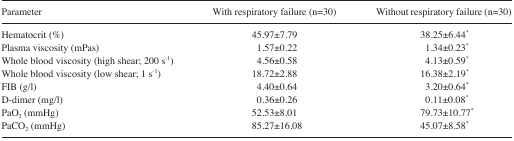
<table><thead><tr><td><b>Parameter</b></td><td><b>With respiratory failure (n=30)</b></td><td><b>Without respiratory failure (n=30)</b></td></tr></thead><tbody><tr><td>Hematocrit (%)</td><td>45.97±7.79</td><td>38.25±6.44<sup>*</sup></td></tr><tr><td>Plasma viscosity (mPas)</td><td>1.57±0.22</td><td>1.34±0.23<sup>*</sup></td></tr><tr><td>Whole blood viscosity (high shear; 200 s<sup>−1</sup>)</td><td>4.56±0.58</td><td>4.13±0.59<sup>*</sup></td></tr><tr><td>Whole blood viscosity (low shear; 1 s<sup>−1</sup>)</td><td>18.72±2.88</td><td>16.38±2.19<sup>*</sup></td></tr><tr><td>FIB (g/l)</td><td>4.40±0.64</td><td>3.20±0.64<sup>*</sup></td></tr><tr><td>D-dimer (mg/l)</td><td>0.36±0.26</td><td>0.11±0.08<sup>*</sup></td></tr><tr><td>PaO<sub>2</sub> (mmHg)</td><td>52.53±8.01</td><td>79.73±10.77<sup>*</sup></td></tr><tr><td>PaCO<sub>2</sub> (mmHg)</td><td>85.27±16.08</td><td>45.07±8.58<sup>*</sup></td></tr></tbody></table>